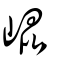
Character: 崐